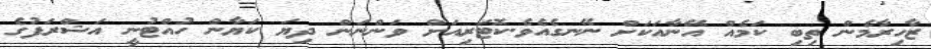
ޒާހިރާމެން ތިބި ކަމެއް އޭނާއަކަށް ނޭނގެއެވެ.ކޮޓަރިއަށް ވަންނަން ދިޔަ ކަޔާން ހުއްޓުނީ އަޝްރަފުގެ